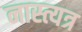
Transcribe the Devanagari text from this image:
नास्त्यत्र